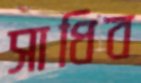
সাধিব